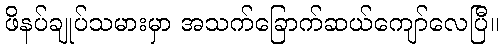
ဖိနပ်ချုပ်သမားမှာ အသက်ခြောက်ဆယ်ကျော်လေပြီ။